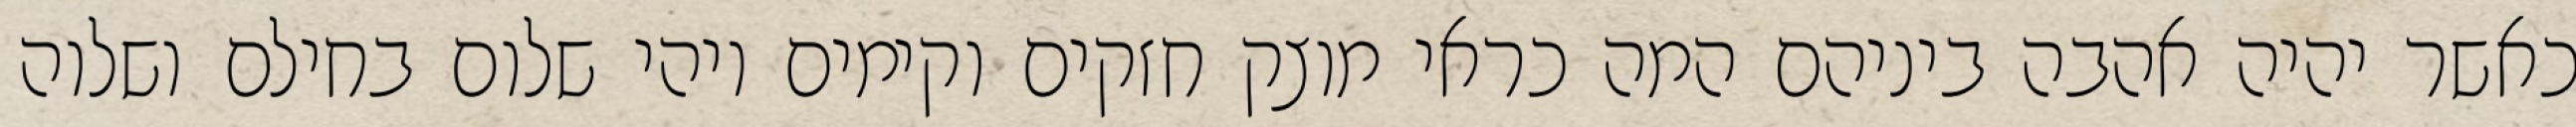
כאשר יהיה אהבה ביניהם המה כראי מוצק חזקים וקימים ויהי שלום בחילם ושלוה